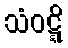
သံဝဋ္ဋိ